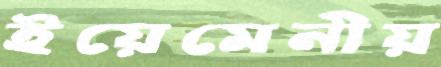
ইয়েমেনীয়